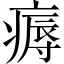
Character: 𤹘